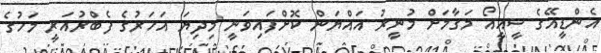
އެންޑީއޭގެ ސީއީއޯ މަގާމަށް މުނީރު އައްޔަން ކޮށްފައިވަނީ މިދިޔަ އަހަރުގެ ފެބްރުއަރީ މަހުގެ